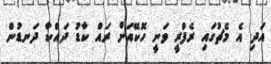
އަދި އެ މެޗުގައި ރެފްރީ ވަނީ ހޮކޭއަށް ރައް ކާޑު ދައްކާ ދަނޑުން